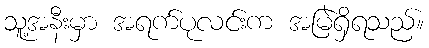
သူ့အနီးမှာ အရက်ပုလင်းက အမြဲရှိရသည်။